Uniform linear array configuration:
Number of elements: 12
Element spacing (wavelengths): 1
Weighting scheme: cosine
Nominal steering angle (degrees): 0
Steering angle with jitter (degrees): -1.788
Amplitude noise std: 0.05
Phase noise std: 0.05

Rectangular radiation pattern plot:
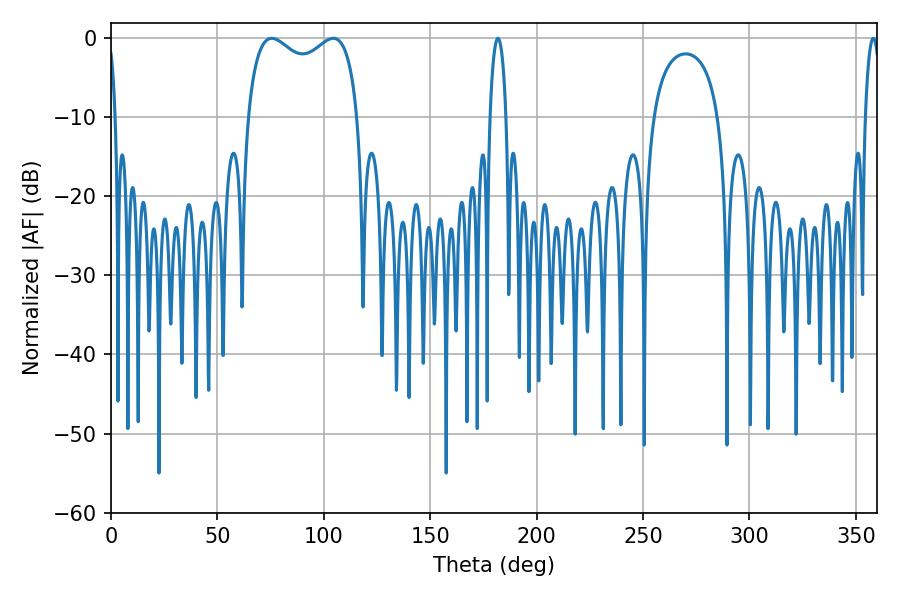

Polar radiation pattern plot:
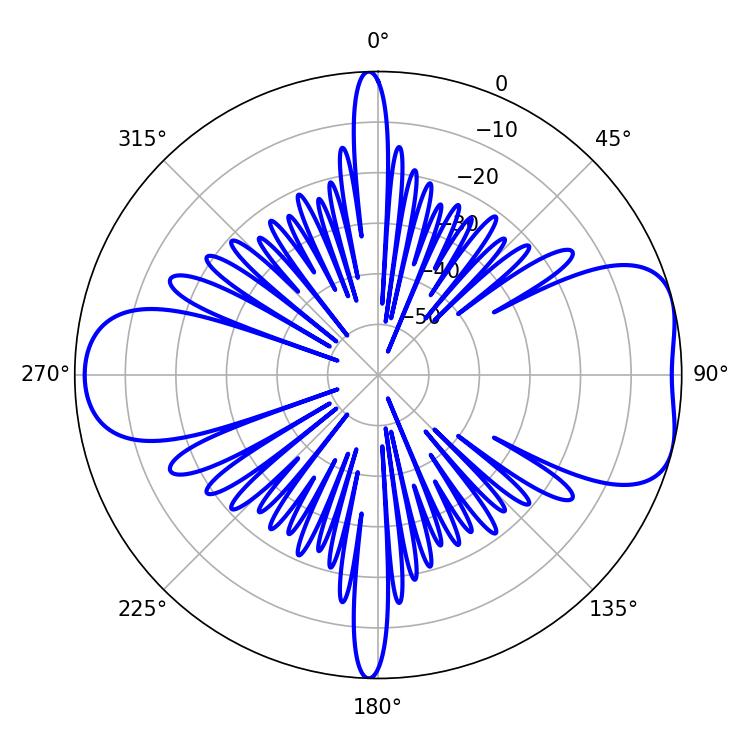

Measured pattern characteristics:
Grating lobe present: TRUE
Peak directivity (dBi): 7.022
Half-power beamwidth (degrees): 43.2
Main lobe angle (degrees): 75.6